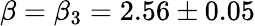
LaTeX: \beta=\beta_{3}=2.56\pm 0.05